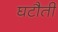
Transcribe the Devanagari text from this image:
घटौती